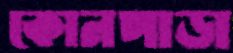
কোনপাড়া